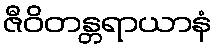
ဇီဝိတန္တရာယာနံ